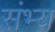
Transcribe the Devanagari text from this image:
संभ्य